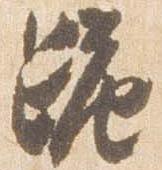
跪